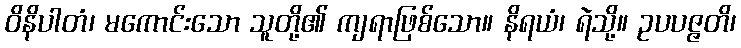
ဝိနိပါတံ၊ မကောင်းသော သူတို့၏ ကျရာဖြစ်သော။ နိရယံ၊ ရဲသို့။ ဥပပဇ္ဇတိ၊